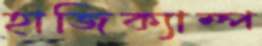
হাজিক্যাম্প